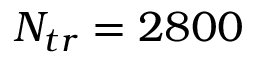
N _ { t r } = 2 8 0 0